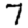
Digit: 7